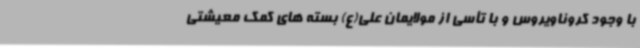
با وجود کروناویروس و با تأسی از مولایمان علی(ع) بسته های کمک معیشتی